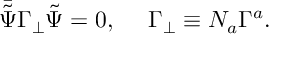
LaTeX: \bar { \tilde { \Psi } } \Gamma _ { \bot } \tilde { \Psi } = 0 , ~ ~ ~ ~ \Gamma _ { \bot } \equiv N _ { a } \Gamma ^ { a } .